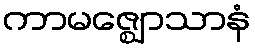
ကာမဇ္ဈောသာနံ